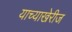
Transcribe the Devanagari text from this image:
याच्याखेरीज